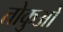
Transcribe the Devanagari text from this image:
तोकुओ